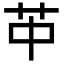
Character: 𦬕